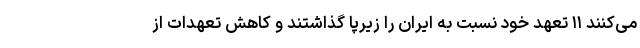
می‌کنند ۱۱ تعهد خود نسبت به ایران را زیرپا گذاشتند و کاهش تعهدات از